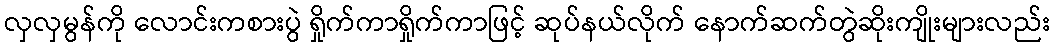
လှလှမွန်ကို လောင်းကစားပွဲ ရှိုက်ကာရှိုက်ကာဖြင့် ဆုပ်နယ်လိုက် နောက်ဆက်တွဲဆိုးကျိုးများလည်း